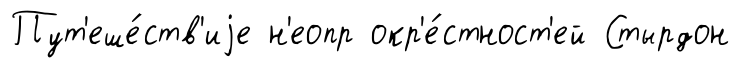
Пут'еше́ств'иjе н'еопр окр'е́стност'ей Стырдон